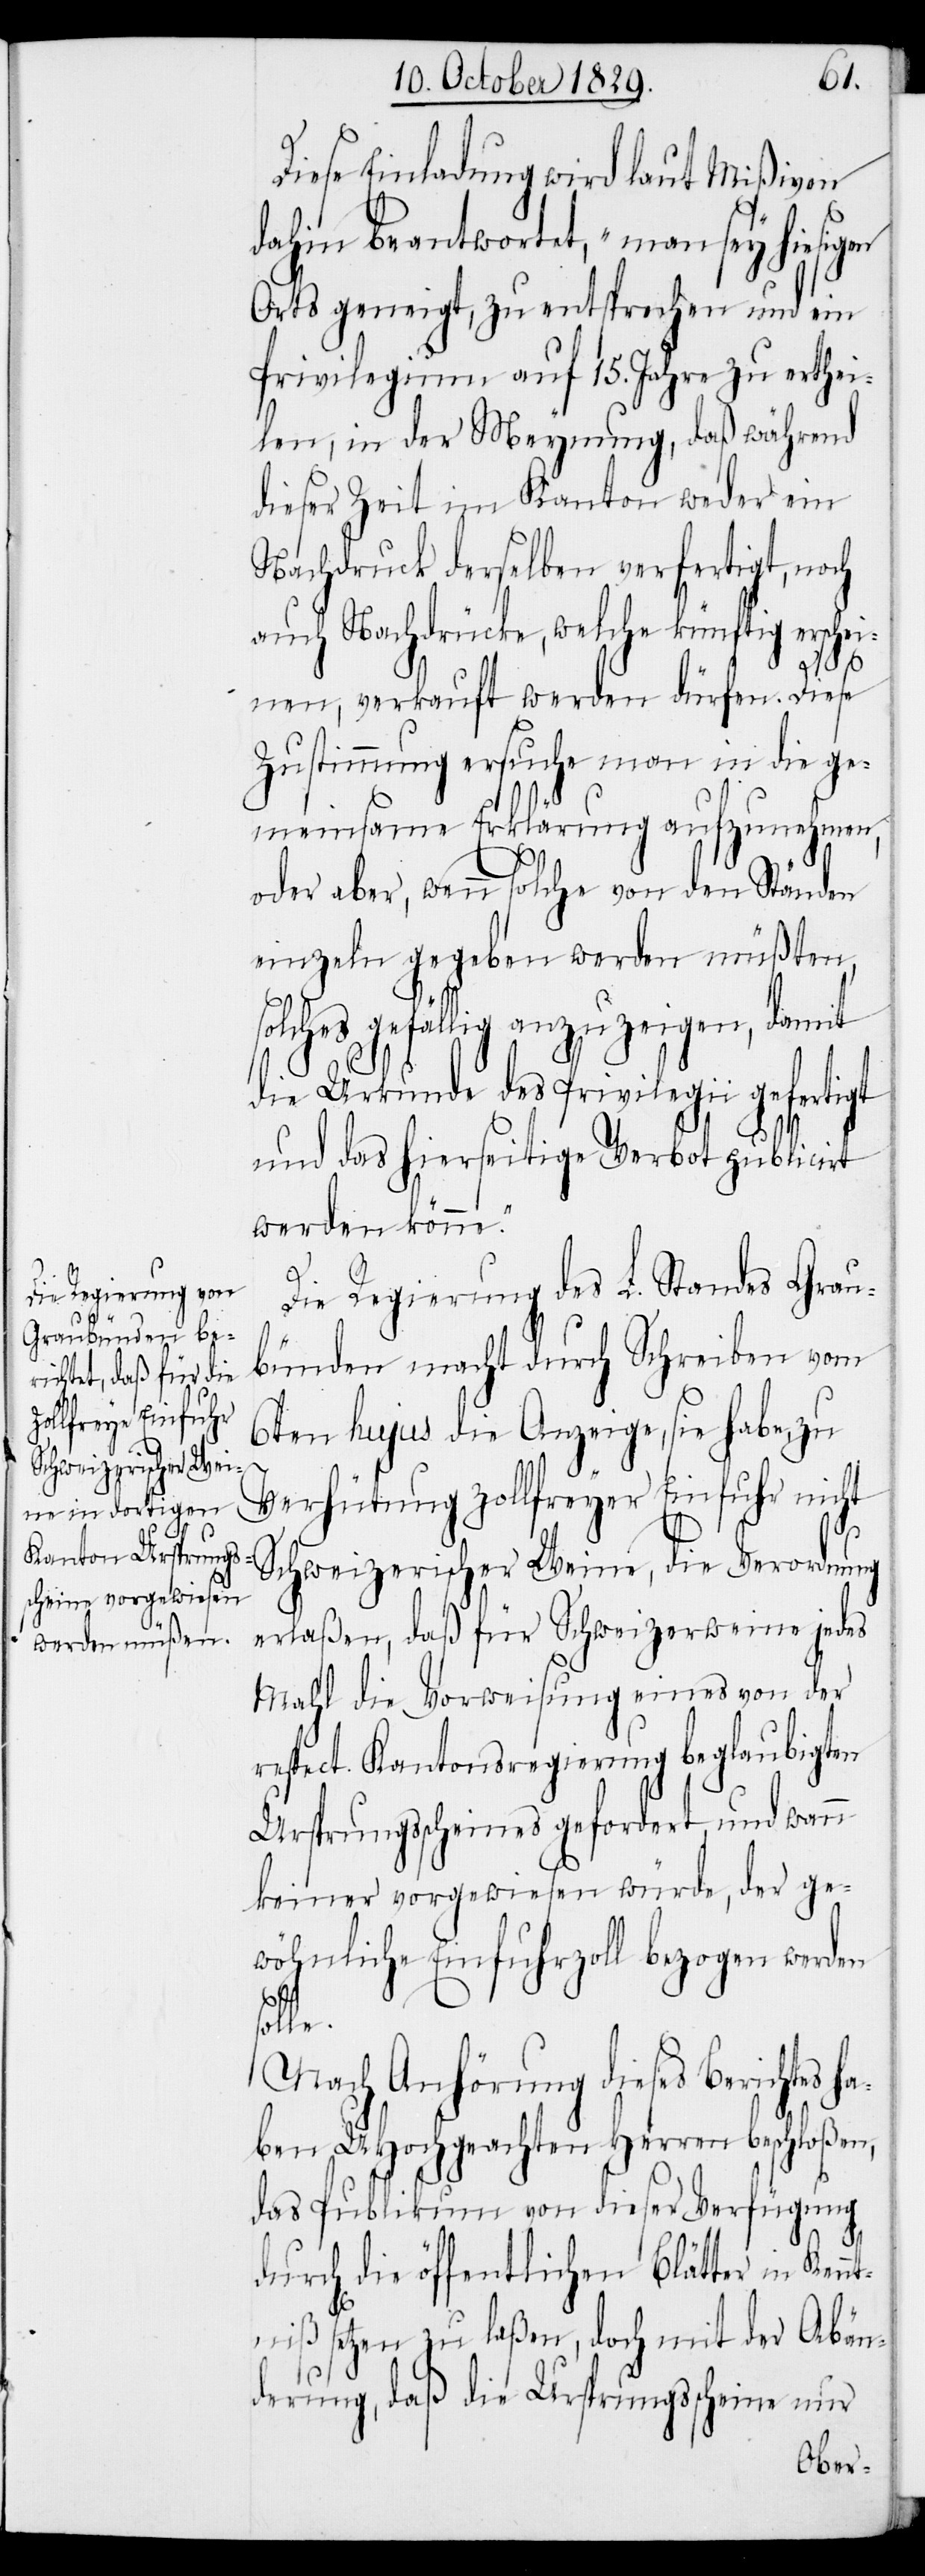
Diese Einladung wird laut Mißiven
dahin beantwortet, „man sey hiesigen
Orts geneigt, zu entsprechen und ein
Privilegium auf 15. Jahre zu erthei¬
len, in der Meynung, daß während
dieser Zeit im Kanton weder ein
Nachdruck derselben verfertigt, noch
auch Nachdrücke, welche künftig erschei¬
so¬
nen, verkauft werden dürfen. Diese
Zustimmung ersuche man in die ge¬
meinsame Erklärung aufzunehmen,
oder aber, wenn solche von den Ständen
einzeln gegeben werden müßten,
lches gefällig anzuzeigen, damit
die Urkunde des Privilegii gefertigt
und das hierseitige Verbot publicirt
werden könne.“
Die Regierung des L. Standes Grau¬
bünden macht durch Schreiben vom
6ten hujus die Anzeige, sie habe, zu
Verhütung zollfreyer Einfuhr nicht
Schweizerischer Weine, die Verordnung
erlaßen, daß für Schweizerweine jedes
Mahl die Vorweisung eines von der
respect. Kantonsregierung beglaubigten
Ursprungsscheines gefordert, und wann
keiner vorgewiesen würde, der ge¬
wöhnliche Einfuhrzoll bezogen werden
s¬
olle.
Nach Anhörung dieses Berichtes ha¬
ben UHochgeachten Herren beschloßen,
das Publikum von dieser Verfügung
durch die öffentlichen Blätter in Kenn¬
tniß setzen zu laßen, doch mit der Abän¬
derung, daß die Ursprungsscheine nur